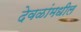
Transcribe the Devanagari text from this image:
देवळांमधील